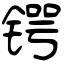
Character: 锷